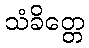
သံခိတ္တေ